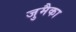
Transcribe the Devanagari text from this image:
जुमैका